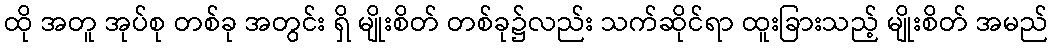
ထို အတူ အုပ်စု တစ်ခု အတွင်း ရှိ မျိုးစိတ် တစ်ခု၌လည်း သက်ဆိုင်ရာ ထူးခြားသည့် မျိုးစိတ် အမည်